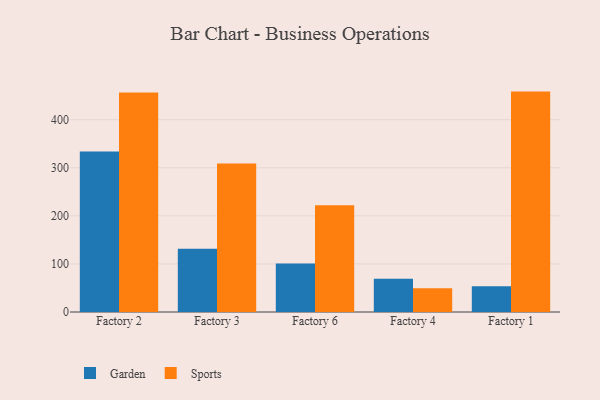
{"axis": {"x": "Factory", "y": "Gross Profit (USD K)"}, "legend": ["Garden", "Sports"], "data": [{"x": "Factory 2", "y": 333.7, "type": "Garden"}, {"x": "Factory 2", "y": 456.4, "type": "Sports"}, {"x": "Factory 3", "y": 131.8, "type": "Garden"}, {"x": "Factory 3", "y": 308.9, "type": "Sports"}, {"x": "Factory 6", "y": 100.9, "type": "Garden"}, {"x": "Factory 6", "y": 221.9, "type": "Sports"}, {"x": "Factory 4", "y": 69.3, "type": "Garden"}, {"x": "Factory 4", "y": 49.3, "type": "Sports"}, {"x": "Factory 1", "y": 53.4, "type": "Garden"}, {"x": "Factory 1", "y": 458.5, "type": "Sports"}]}